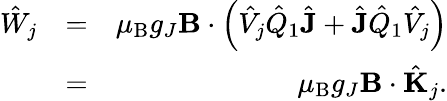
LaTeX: \begin{array}{rlr}{\hat{W}_{j}}&{=}&{\mu_{\mathrm{B}}g_{J}\mathbf{B}\cdot\left(\hat{V}_{j}\hat{Q}_{1}\hat{\mathbf{J}}+\hat{\mathbf{J}}\hat{Q}_{1}\hat{V}_{j}\right)}\\ &{=}&{\mu_{\mathrm{B}}g_{J}\mathbf{B}\cdot\hat{\mathbf{K}}_{j}.}\end{array}